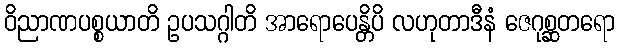
ဝိညာဏပစ္စယာတိ ဥပသဂ္ဂါတိ အာရောပေန္တိပိ လဟုတာဒီနံ ဇေဂုစ္ဆတရော